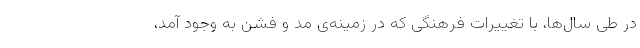
در طی سال‌ها، با تغییرات فرهنگی که در زمینه‌ی مد و فشن به وجود آمد،